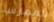
الممارسة